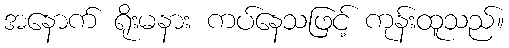
အနောက် ရိုးမနား ကပ်နေသဖြင့် ကုန်းထူသည်။